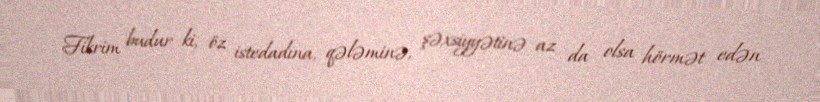
Fikrim budur ki, öz istedadına, qələminə, şəxsiyyətinə az da olsa hörmət edən